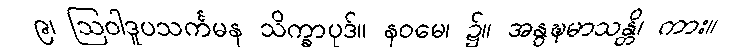
၉၊ ဩဝါဒူပသင်္ကမန သိက္ခာပုဒ်။ နဝမေ၊ ၌။ အနွဍ္ဎမာသန္တိ၊ ကား။